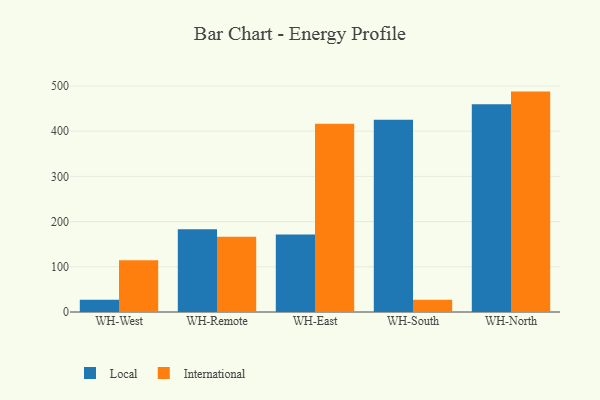
{"axis": {"x": "Warehouse", "y": "Customer Acquisition Cost (USD)"}, "legend": ["International", "Local"], "data": [{"x": "WH-West", "y": 27.2, "type": "Local"}, {"x": "WH-West", "y": 114.4, "type": "International"}, {"x": "WH-Remote", "y": 183.2, "type": "Local"}, {"x": "WH-Remote", "y": 166.4, "type": "International"}, {"x": "WH-East", "y": 171.2, "type": "Local"}, {"x": "WH-East", "y": 416.4, "type": "International"}, {"x": "WH-South", "y": 425.3, "type": "Local"}, {"x": "WH-South", "y": 27.1, "type": "International"}, {"x": "WH-North", "y": 459.3, "type": "Local"}, {"x": "WH-North", "y": 487.5, "type": "International"}]}